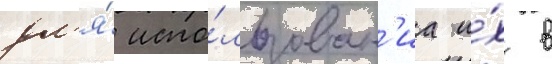
дл'я́ испо́льзован'иа и́х в